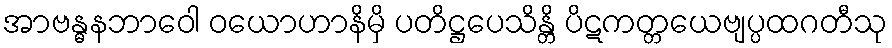
အာဗန္ဓနဘာဝေါ ဝယောဟာနိမှိ ပတိဋ္ဌပေသိန္တိ ပိဋကတ္တယေဗျပ္ပထဂတီသု